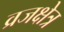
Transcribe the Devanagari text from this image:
व्रजक्षेत्र